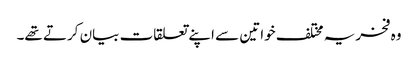
وہ فخریہ مختلف خواتین سے اپنے تعلقات بیان کرتے تھے۔